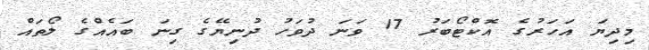
މިދިޔަ އަހަރުގެ އޮކްޓޯބަރު 17 ވަނަ ދުވަހު ދުނިޔޭގެ ގިނަ ބައެއްގެ ލޯތައް